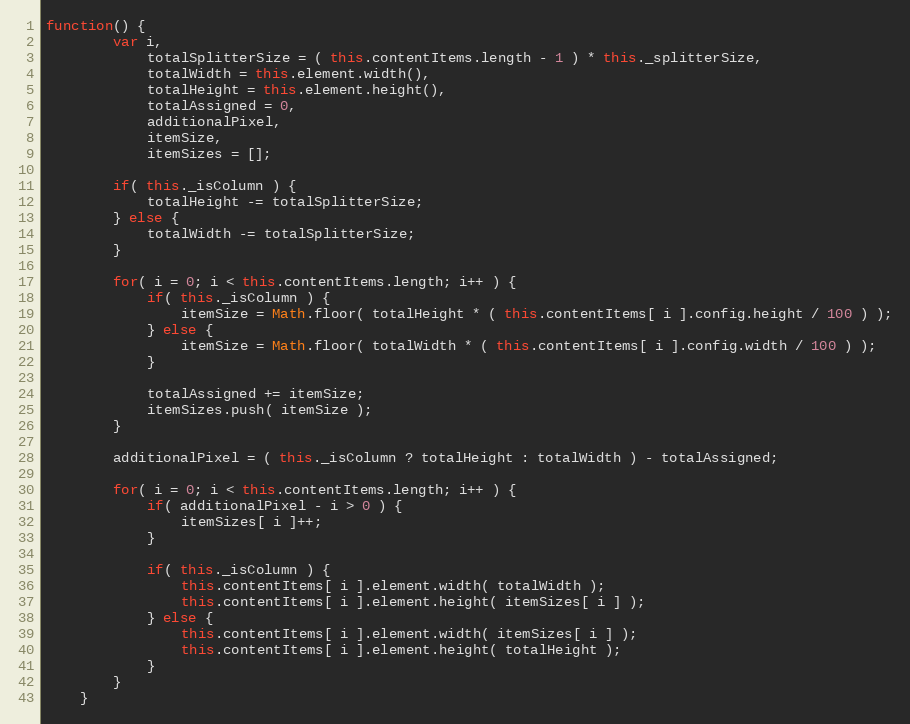
Language: JavaScript
function() {
		var i,
			totalSplitterSize = ( this.contentItems.length - 1 ) * this._splitterSize,
			totalWidth = this.element.width(),
			totalHeight = this.element.height(),
			totalAssigned = 0,
			additionalPixel,
			itemSize,
			itemSizes = [];

		if( this._isColumn ) {
			totalHeight -= totalSplitterSize;
		} else {
			totalWidth -= totalSplitterSize;
		}

		for( i = 0; i < this.contentItems.length; i++ ) {
			if( this._isColumn ) {
				itemSize = Math.floor( totalHeight * ( this.contentItems[ i ].config.height / 100 ) );
			} else {
				itemSize = Math.floor( totalWidth * ( this.contentItems[ i ].config.width / 100 ) );
			}

			totalAssigned += itemSize;
			itemSizes.push( itemSize );
		}

		additionalPixel = ( this._isColumn ? totalHeight : totalWidth ) - totalAssigned;

		for( i = 0; i < this.contentItems.length; i++ ) {
			if( additionalPixel - i > 0 ) {
				itemSizes[ i ]++;
			}

			if( this._isColumn ) {
				this.contentItems[ i ].element.width( totalWidth );
				this.contentItems[ i ].element.height( itemSizes[ i ] );
			} else {
				this.contentItems[ i ].element.width( itemSizes[ i ] );
				this.contentItems[ i ].element.height( totalHeight );
			}
		}
	}